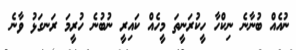
ނުއެއް ބުނާނެ ނިކްހާ ހީކުރަނީތަ މީހެއް ކައިރީ ނުބުނެ ހުރީމަ ރަނގަޅު ވާނެ